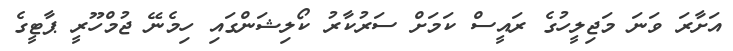
އަށާރަ ވަނަ މަޖިލީހުގެ ރައީސް ކަމަށް ސަރުކާރު ކޯލިޝަންގައި ހިމެނޭ ޖުމްހޫރީ ޕާޓީގެ